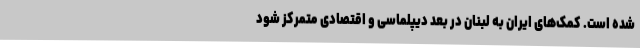
شده است. کمک‌های ایران به لبنان در بعد دیپلماسی و اقتصادی متمرکز شود